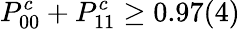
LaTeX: P_{00}^{c}+P_{11}^{c}\ge 0.97(4)